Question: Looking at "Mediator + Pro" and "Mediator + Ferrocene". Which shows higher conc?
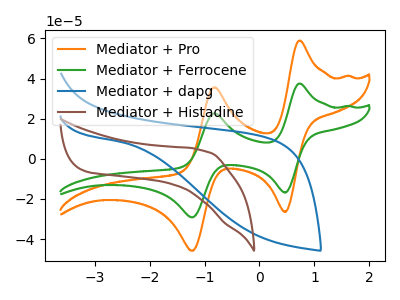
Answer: <think>The orange curve "Mediator + Pro" has anodic peaks at (0.70V, 58.90uA) (-0.80V, 35.65uA) and cathodic peaks at (0.45V, -26.50uA) (-1.20V, -45.85uA). The green curve "Mediator + Ferrocene" has anodic peaks at (0.70V, 37.45uA) (-0.80V, 22.70uA) and cathodic peaks at (0.45V, -16.85uA) (-1.20V, -29.20uA). The blue curve "Mediator + dapg" has no peaks. The brown curve "Mediator + Histadine" has no peaks.
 All the peaks in "Mediator + Pro" have a peak in "Mediator + Ferrocene" at the same potential. Every peak in "Mediator + Pro" is higher than every peak in "Mediator + Ferrocene".</think>
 <answer>"Mediator + Pro" has more signal than "Mediator + Ferrocene" and so likely has a higher concentration.</answer>
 <eval>more_concentration</eval>